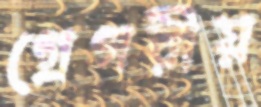
গ্রেগরীয়